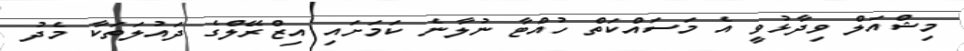
މިޝްއަލް ވިދާޅުވީ އެ މަސައްކަތް ހުއްޓާ ނުލާނެ ކަމަށައި އިޒްރޭލްގެ ދައުލަތަކާ މެދު